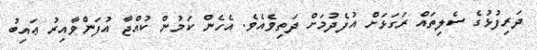
ދަރިފުޅުގެ ސެލިތައް ރަގަޅަށް އުފެދުމަށް ދަތިވެއެވެ. އެހެން ކަމުން ކުއްޖާ އުފަންވާއިރު ޢައިބު